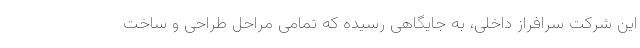
این شرکت سرافراز داخلی، به جایگاهی رسیده که تمامی مراحل طراحی و ساخت